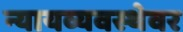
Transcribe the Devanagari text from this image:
न्यायव्यवस्थेवर